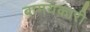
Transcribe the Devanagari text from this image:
बामयकारी